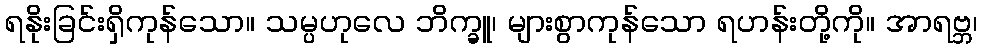
ရနိုးခြင်းရှိကုန်သော။ သမ္ပဟုလေ ဘိက္ခူ၊ များစွာကုန်သော ရဟန်းတို့ကို။ အာရဗ္ဘ၊